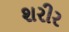
શરીર